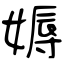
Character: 媷